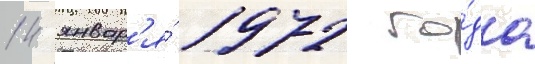
14 январ'я́ 1972 го́да